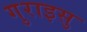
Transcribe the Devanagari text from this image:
गुराइसु